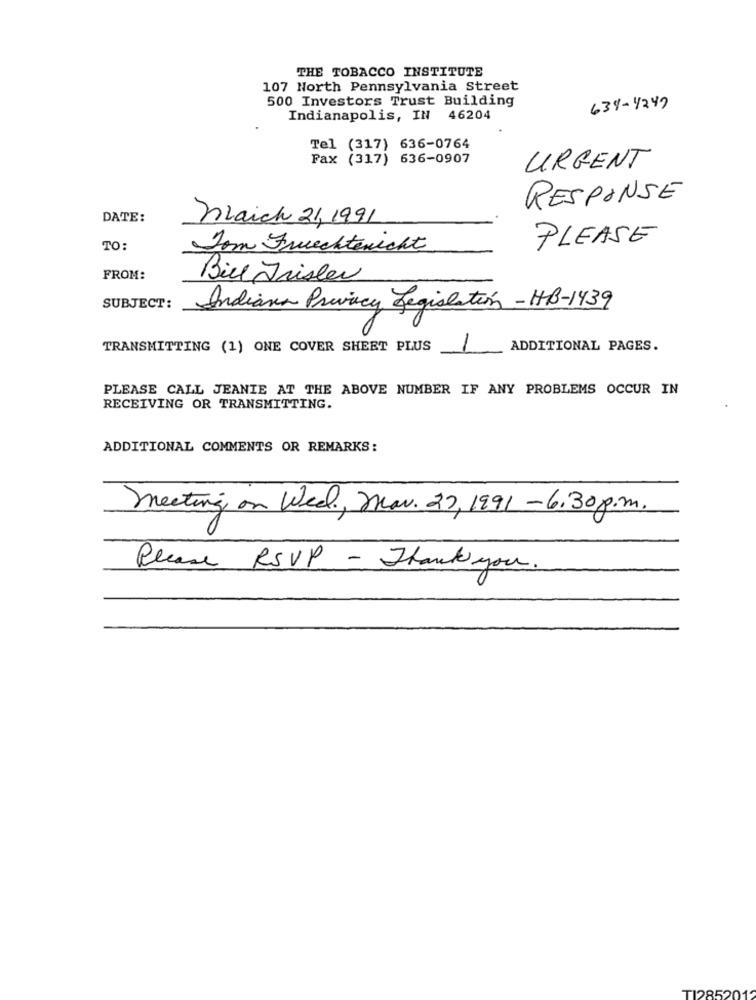
THE TOBACCO INSTITUTE
107 North Pennsylvania Street
500 Investors Trust Building
638-4249
Indianapolis, IN 46204
Tel (317) 636-0764
Fax (317) 636-0907
URGENT
RESPONSE
DATE:
naich 21, 1991
PLEASE
TO:
Som Fruechtenicht
FROM:
Bill Frisler
SUBJECT:
Indiana Privacy Legislation - HB-1439
TRANSMITTING (1) ONE COVER SHEET PLUS
ADDITIONAL PAGES.
PLEASE CALL JEANIE AT THE ABOVE NUMBER IF ANY PROBLEMS OCCUR IN
RECEIVING OR TRANSMITTING.
ADDITIONAL COMMENTS OR REMARKS:
meeting on Wed, Mar. 22, 1991 -6.30 p.m.
Please RSVP - Thank you.
TI2852